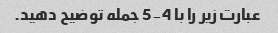
عبارت زیر را با 4-5 جمله توضیح دهید.